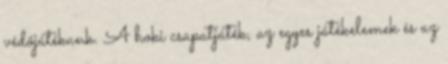
védőjátékunk. A hoki csapatjáték, az egyes játékelemek és az